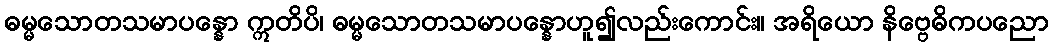
ဓမ္မသောတသမာပန္နော ဣတိပိ၊ ဓမ္မသောတသမာပန္နောဟူ၍လည်းကောင်း။ အရိယော နိဗ္ဗေဓိကပညော